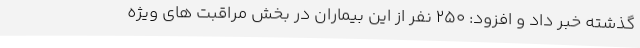
گذشته خبر داد و افزود: ۲۵۰ نفر از این بیماران در بخش مراقبت های ویژه